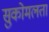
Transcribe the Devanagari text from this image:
सुकोमलता